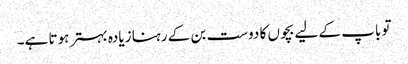
تو باپ کے لیے بچوں کا دوست بن کے رہنا زیادہ بہتر ہوتا ہے۔